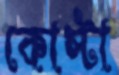
কোস্টা